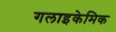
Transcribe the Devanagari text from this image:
गलाइकेमिक